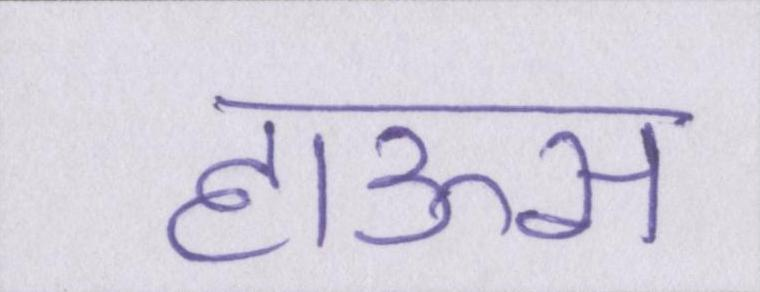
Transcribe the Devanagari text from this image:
हाऊस